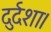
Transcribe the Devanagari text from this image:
दुर्दशा।